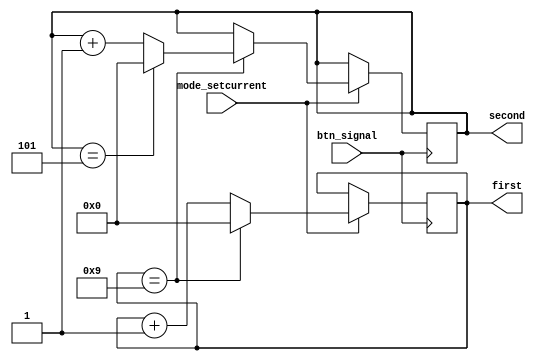
module set_currentM(
    input btn_signal,
    input mode_setcurrent,
    output reg [3:0] first,
    output reg [3:0] second
    );
    initial first = 0;
    initial second = 0;
    always @(posedge btn_signal) 
    begin //end 38
        if(mode_setcurrent)
        begin
            if(first == 9) 
            begin  //end 32 case
               first <= 0;
               if (second == 5)
                  second <= 0;
               else 
                second <= second + 1;
            end
            else
                first <= first + 1;
        end
	end//beggin 14
endmodule